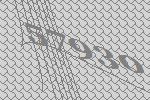
57930